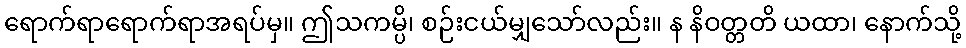
ရောက်ရာရောက်ရာအရပ်မှ။ ဤသကမ္ပိ၊ စဉ်းငယ်မျှသော်လည်း။ န နိဝတ္တတိ ယထာ၊ နောက်သို့